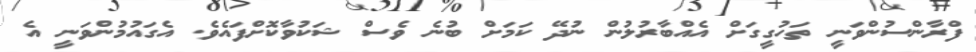
ފްރާންސުންވަނީ ތަހުގީގަށް އެއްބާރުލުން ނުދޭ ކަމަށް ބުނެ ވެސް ޝަކުވާކޮށްފައެވެ. އެގައުމުންވަނީ އެ